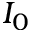
I _ { 0 }